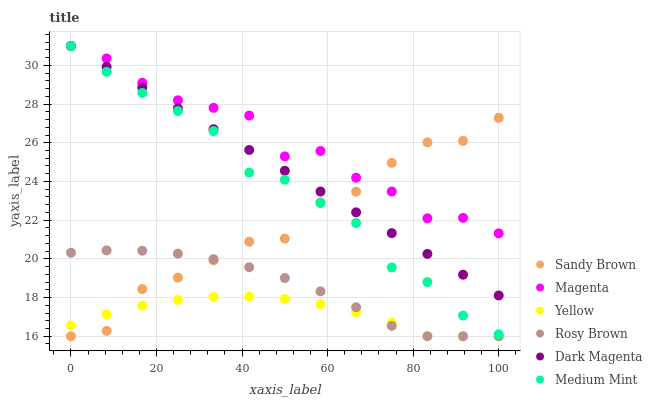
| xaxis_label | Sandy Brown | Magenta | Yellow | Rosy Brown | Dark Magenta | Medium Mint |
 | --- | --- | --- | --- | --- | --- | --- |
 | 0 | 16 | 31 | 16.6 | 20.3 | 31 | 31 |
 | 8.33 | 16.3 | 30.4 | 17.1 | 20.4 | 29.9 | 29.7 |
 | 16.7 | 18.4 | 29.1 | 17.6 | 20.4 | 28.9 | 28.6 |
 | 25 | 19 | 28.2 | 17.9 | 20.3 | 27.8 | 27.6 |
 | 33.3 | 19.9 | 27.8 | 18 | 20 | 26.7 | 26.6 |
 | 41.7 | 20.9 | 27.4 | 18.1 | 19.6 | 25.6 | 24.5 |
 | 50 | 21 | 25.3 | 17.9 | 19 | 24.6 | 24.1 |
 | 58.3 | 22.9 | 25.6 | 17.7 | 18.3 | 23.5 | 22.9 |
 | 66.7 | 23.5 | 24.2 | 17.2 | 17.5 | 22.4 | 21.9 |
 | 75 | 25 | 23.5 | 16.7 | 16.5 | 21.3 | 19.6 |
 | 83.3 | 26 | 22.1 | 16 | 16 | 20.3 | 18.8 |
 | 91.7 | 26.1 | 22.1 | 16 | 16 | 19.2 | 17.1 |
 | 100 | 27.3 | 21.3 | 16 | 16 | 18.1 | 16.1 |